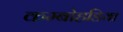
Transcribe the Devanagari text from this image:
कम्बोहडिया